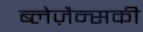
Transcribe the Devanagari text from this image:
ब्लेज़ैन्सकी